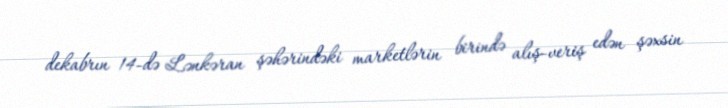
dekabrın 14-də Lənkəran şəhərindəki marketlərin birində alış-veriş edən şəxsin